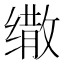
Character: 𰬷